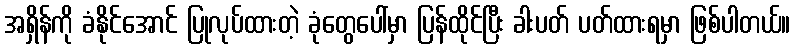
အရှိန်ကို ခံနိုင်အောင် ပြုလုပ်ထားတဲ့ ခုံတွေပေါ်မှာ ပြန်ထိုင်ပြီး ခါးပတ် ပတ်ထားရမှာ ဖြစ်ပါတယ်။